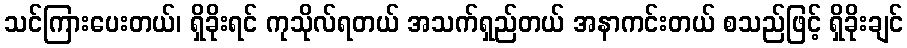
သင်ကြားပေးတယ်၊ ရှိခိုးရင် ကုသိုလ်ရတယ် အသက်ရှည်တယ် အနာကင်းတယ် စသည်ဖြင့် ရှိခိုးချင်